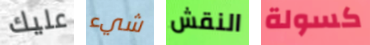
عليك شيء النقش كسولة